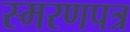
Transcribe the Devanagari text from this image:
स्मरणपत्र